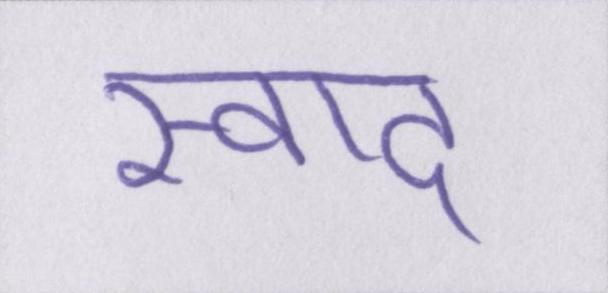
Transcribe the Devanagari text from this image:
स्वाद